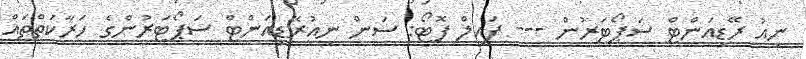
ނިއު ރޭޑިއަންޓް ސަޕޯޓަރުން --- ފައިލް ފޮޓޯ: ސަން ނިއުރޭޑިއަންޓް ސަޕޯޓަރުންގެ ހަރާކަތްތައް